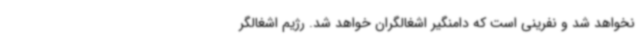
نخواهد شد و نفرینی است که دامنگیر اشغالگران خواهد شد. رژیم اشغالگر